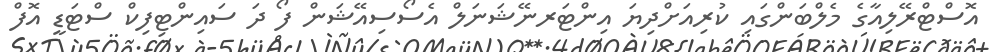
އޮސްޓްރޭލިއާގެ މެލްބަންގައި ކުރިއަށްދިޔަ އިންޓަރނޭޝަނަލް އެސޯސިއޭޝަން ފޯ ދަ ސައިންޓިފިކް ސްޓަޑީ އޮފް